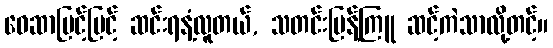
ဝေဆာမြင့်မြင့် ဆင်းရနံ့လူတယ်, သတင်းပြန့်ကြူ ဆင့်ကဲသာလို့တင့်။